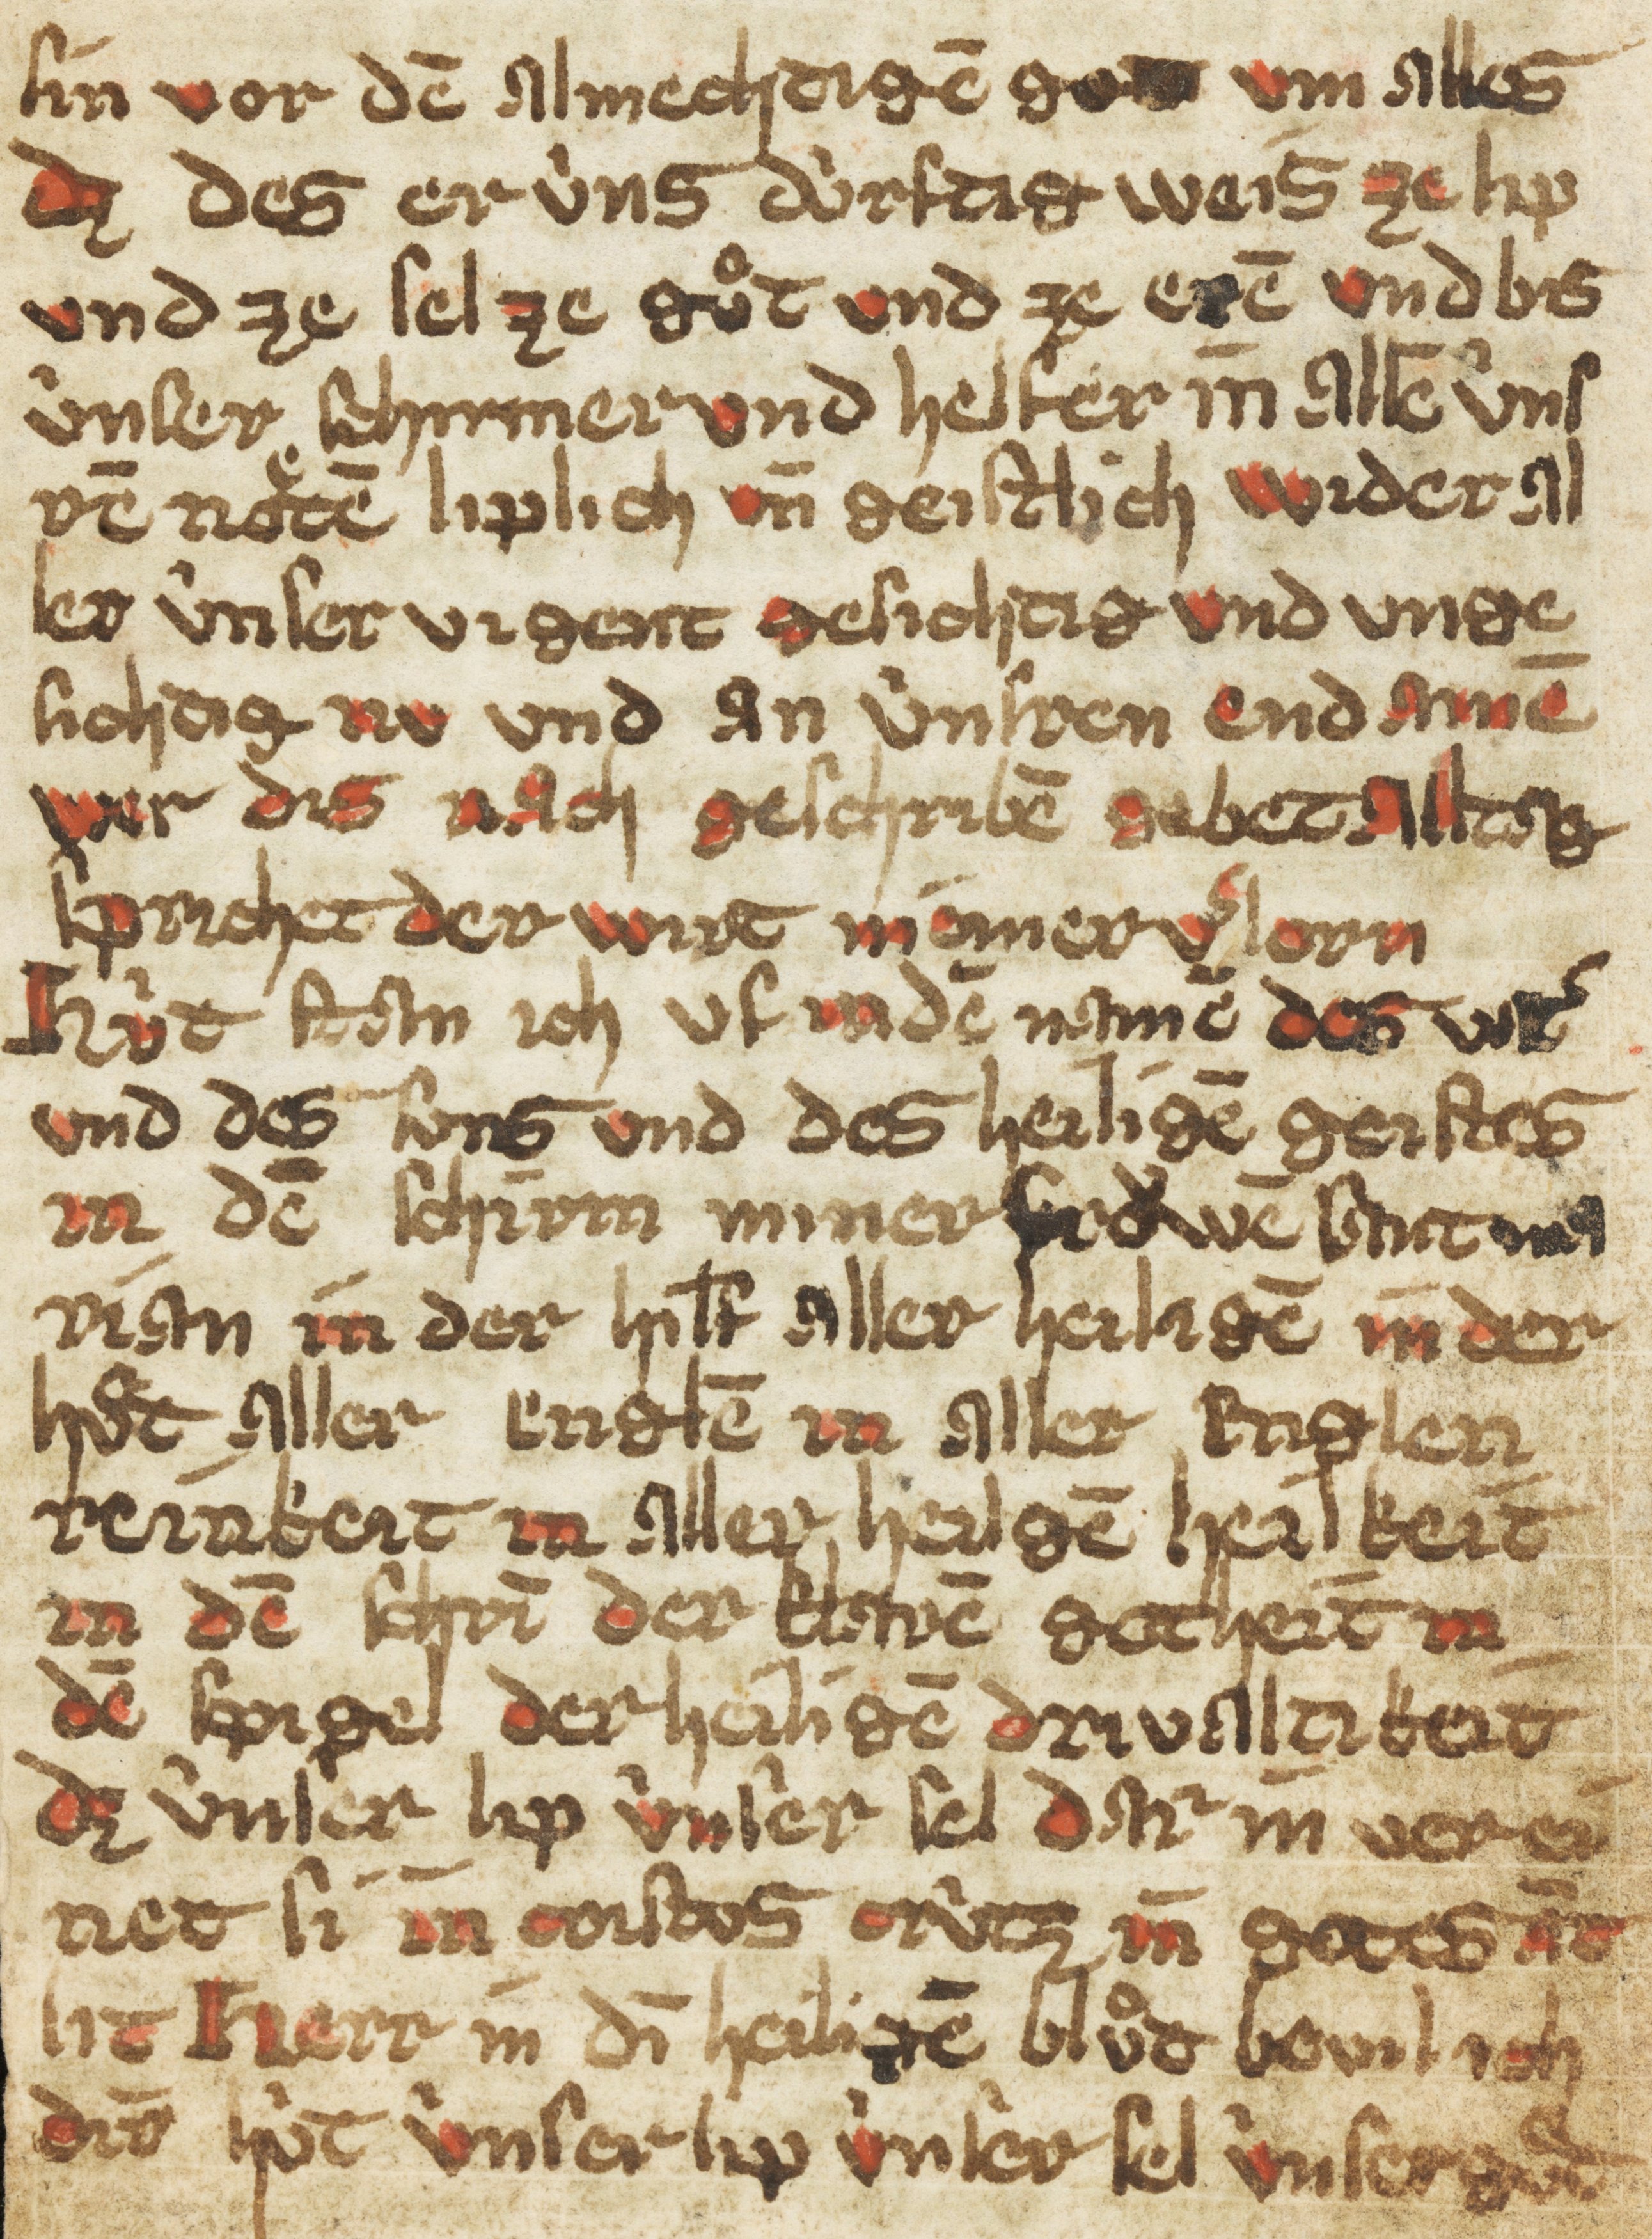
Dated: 1400–1424